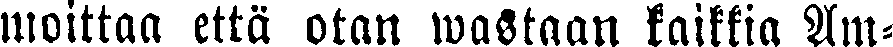
moittaa että otan wastaan kaikkia Am-